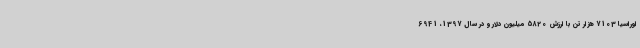
اوراسیا 7103 هزار تن با ارزش 5820 میلیون دلار و در سال 1397، 6941